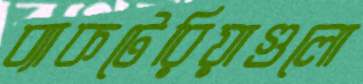
ব্যাকটেরিয়াগুলো